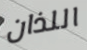
اللذان